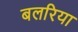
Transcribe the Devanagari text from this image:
बलरिया